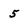
Character: 5